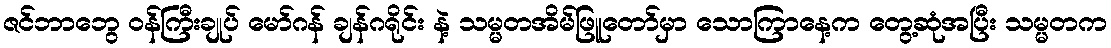
ဇင်ဘာဘွေ ဝန်ကြီးချုပ် မော်ဂန် ချန်ဂရိုင်း နဲ့ သမ္မတအိမ်ဖြူတော်မှာ သောကြာနေ့က တွေ့ဆုံအပြီး သမ္မတက